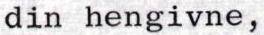
din hengivne,